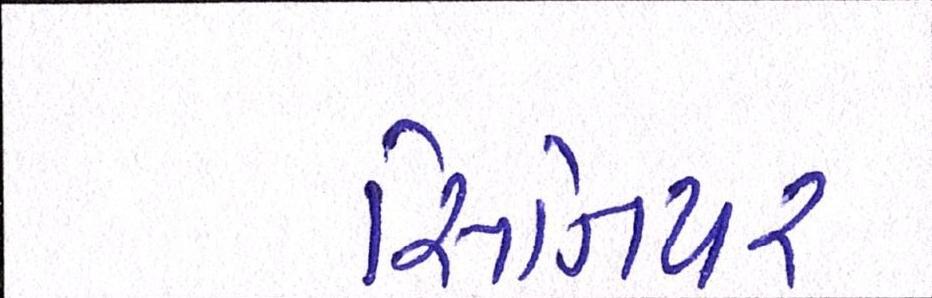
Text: સિનિયર